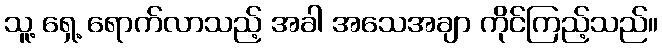
သူ့ ရှေ့ ရောက်လာသည့် အခါ အသေအချာ ကိုင်ကြည့်သည်။